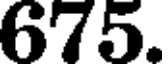
675.